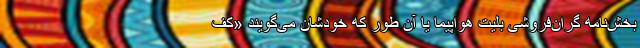
بخش‌نامه گران‌فروشی بلیت هواپیما یا آن طور که خودشان می‌گویند «کف